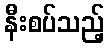
နီးစပ်သည့်